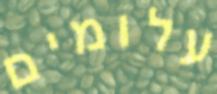
עלומים